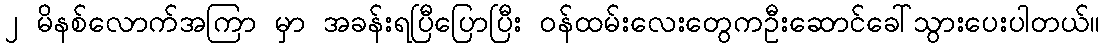
၂ မိနစ်လောက်အကြာ မှာ အခန်းရပြီပြောပြီး ဝန်ထမ်းလေးတွေကဦးဆောင်ခေါ်သွားပေးပါတယ်။